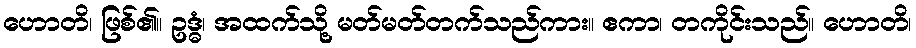
ဟောတိ၊ ဖြစ်၏။ ဥဒ္ဓံ၊ အထက်သို့ မတ်မတ်တက်သည်ကား။ ဧကာ၊ တကိုင်းသည်။ ဟောတိ၊